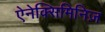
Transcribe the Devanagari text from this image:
ऐनेक्सिमिनिज़